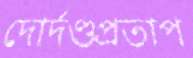
দোর্দণ্ডপ্রতাপ